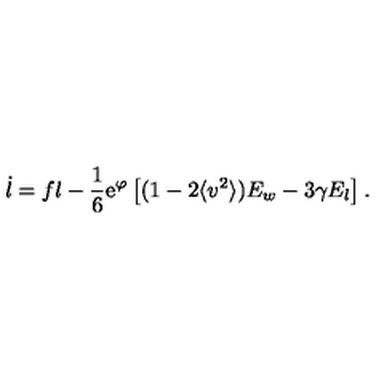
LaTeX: \dot { l } = f l - \frac { 1 } { 6 } \mathrm { e } ^ { \varphi } \left[ ( 1 - 2 \langle v ^ { 2 } \rangle ) E _ { w } - 3 \gamma E _ { l } \right] .